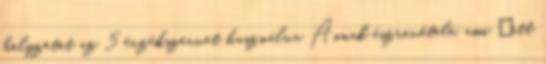
helyzetet az 5 érzékszervet használva Annak észrevétele, ami „itt